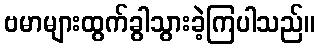
ဗမာများထွက်ခွါသွားခဲ့ကြပါသည်။